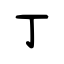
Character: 丁